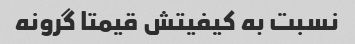
نسبت به کیفیتش قیمتا گرونه